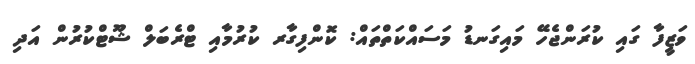
ވަޒީފާ ގައި ކުރަންޖެހޭ މައިގަނޑު މަސައްކަތްތައް: ކޮންފިގާރ ކުރުމާއި ޓްރެބަލް ޝޫޓްކުރުން އަދި